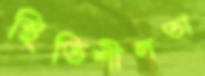
স্থিতিশীলতা